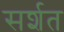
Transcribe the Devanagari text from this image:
सर्शत